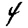
Digit: 4